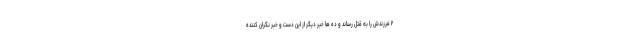
۲ فرزندش را به قتل رساند و ده ها خبر دیگر از این دست و خبر نگران کننده